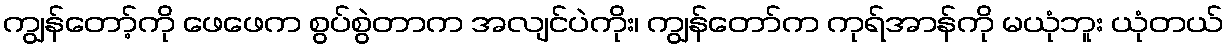
ကျွန်တော့်ကို ဖေဖေက စွပ်စွဲတာက အလျင်ပဲကိုး၊ ကျွန်တော်က ကုရ်အာန်ကို မယုံဘူး ယုံတယ်